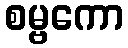
စမ္ဗကော